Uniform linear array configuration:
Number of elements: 24
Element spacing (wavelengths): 1
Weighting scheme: exponential
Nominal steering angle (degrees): -30
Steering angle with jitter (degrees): -30.652
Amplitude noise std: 0.05
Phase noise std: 0.05

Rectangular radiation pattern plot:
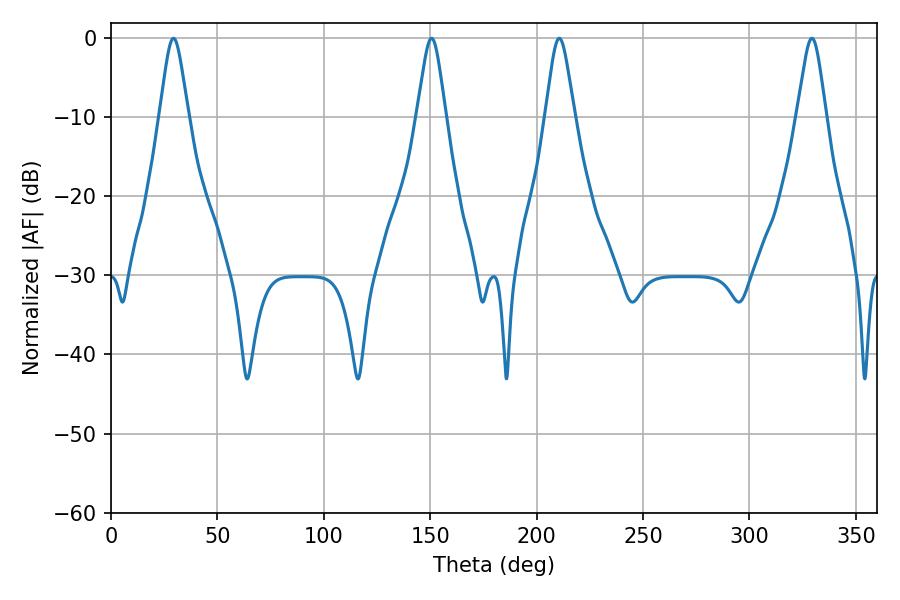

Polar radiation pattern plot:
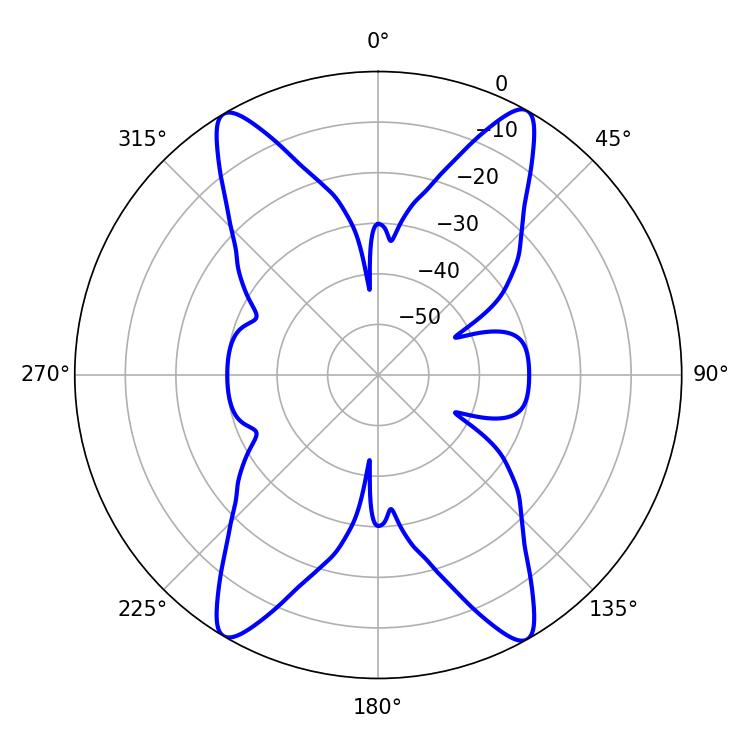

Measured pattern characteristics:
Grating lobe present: TRUE
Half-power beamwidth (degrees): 6.48
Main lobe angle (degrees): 29.34